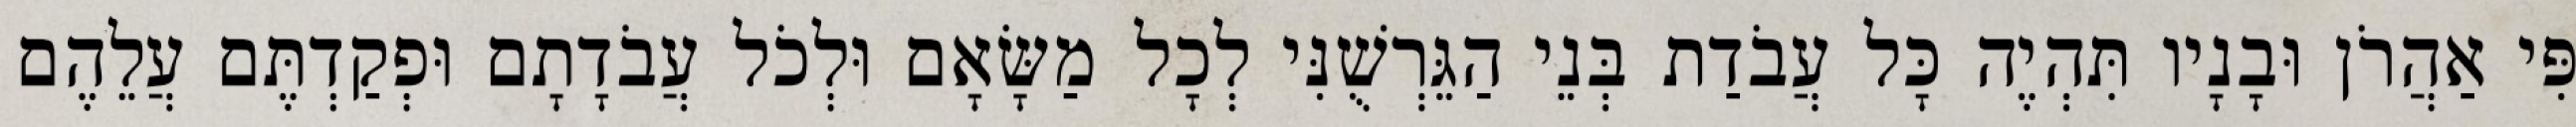
פִּי אַהֲרֹן וּבָנָיו תִּהְיֶה כָּל עֲבֹדַת בְּנֵי הַגֵּרְשֻׁנִּי לְכָל מַשָּׂאָם וּלְכֹל עֲבֹדָתָם וּפְקַדְתֶּם עֲלֵהֶם